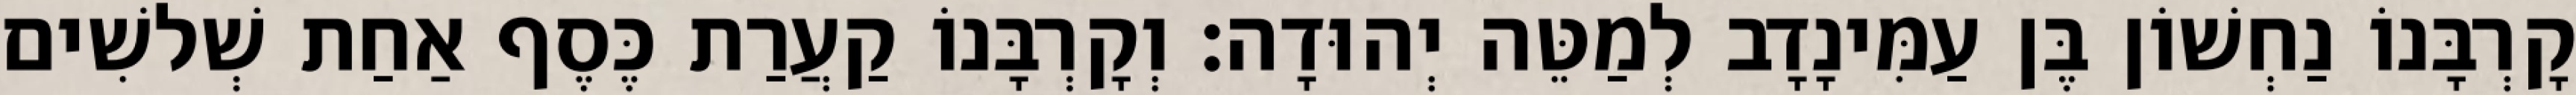
קָרְבָּנוֹ נַחְשׁוֹן בֶּן עַמִּינָדָב לְמַטֵּה יְהוּדָה׃ וְקָרְבָּנוֹ קַעֲרַת כֶּסֶף אַחַת שְׁלשִׁים